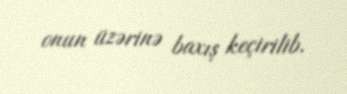
onun üzərinə baxış keçirilib.